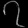
Digit: ၇